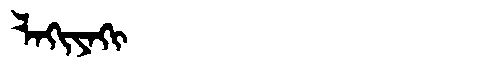
Manchu: ᠯᠠᡴᡳᠶᠠᡴᡳ
Romanization: LAKIYAKI